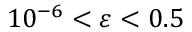
1 0 ^ { - 6 } < \varepsilon < 0 . 5